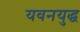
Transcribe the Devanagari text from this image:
यवनयुद्ध